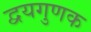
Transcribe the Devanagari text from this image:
द्वयगुणक